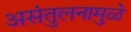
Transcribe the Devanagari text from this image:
असंतुलनामुळे